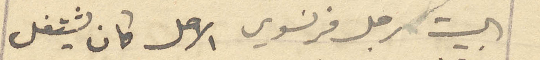
البيت رجل فرنسوي الأصل كان يشتغل